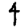
Digit: 4